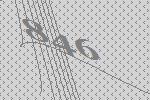
846